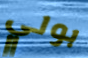
بولي